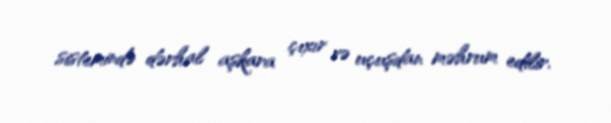
sistemində dərhal aşkara çıxır və uçuşdan məhrum edilir.